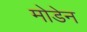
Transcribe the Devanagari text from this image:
मोडेन